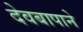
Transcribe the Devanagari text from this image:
देवबापाने